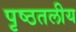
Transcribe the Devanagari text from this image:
पृष्ठतलीय